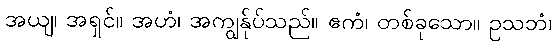
အယျ၊ အရှင်။ အဟံ၊ အကျွန်ုပ်သည်။ ဧကံ၊ တစ်ခုသော။ ဥသဘံ၊